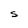
Character: S